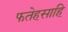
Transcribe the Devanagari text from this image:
फतेहसाहि